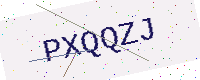
Text: PXQQZJ